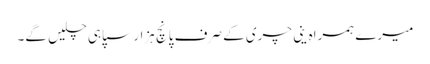
میرے ہمراہ ینی چری کے صرف پانچ ہزار سپاہی چلیں گے۔